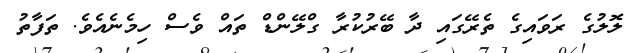
ލޮލުގެ ރަވައިގެ ތެރޭގައި ދާ ބޭރުކުރާ ގްލޭންޑް ތައް ވެސް ހިމެނެއެވެ. ތަފާތު